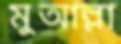
মুআল্লা